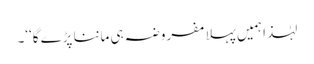
لہٰذا ہمیں پہلا مفروضہ ہی ماننا پڑے گا‘‘۔